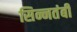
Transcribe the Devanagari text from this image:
सिन्नतंबी